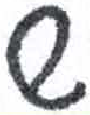
אות: ש